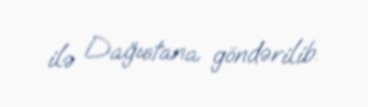
ilə Dağıstana göndərilib.